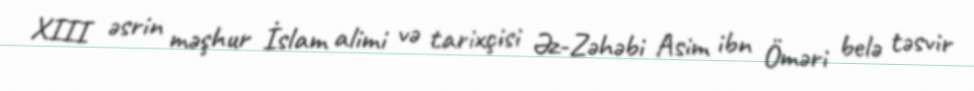
XIII əsrin məşhur İslam alimi və tarixçisi Əz-Zəhəbi Asim ibn Öməri belə təsvir